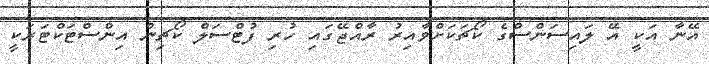
އޭނާ އަކީ އޭ ލައިސަންސްގެ ކޯޗަކަށްވާއިރު ރާއްޖޭގައި ހުރި ފުޓްސަލް ކޯޗިން އިންސްޓަކްޓަރަކީ